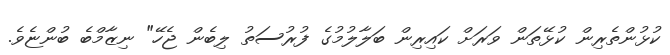
ކުޅުންތެރިން ކުޅޭތަން ވަރަށް ކައިރިން ބަލާލުމުގެ ފުރުސަތު ލިބެން ޖެހޭ" ނިޒާމްބެ ބުންޏެވެ.